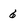
Character: 6